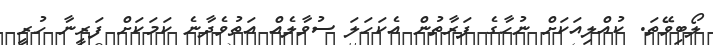
ލޯބިވޭތަ. ކުއްލިއަކަށް ނުހާގެ ފަރާތުން އެކަހަލަ ސުވާލެއް އަތުވެދާނެ ކަމަކަށް ފަރީނާ ހުރީ